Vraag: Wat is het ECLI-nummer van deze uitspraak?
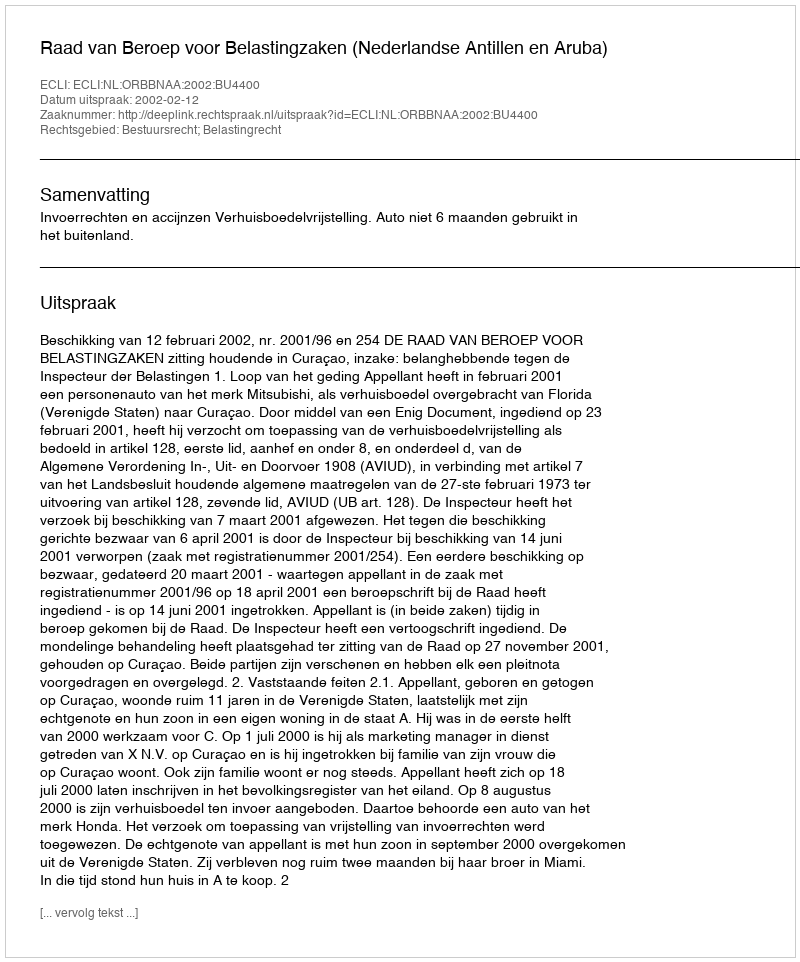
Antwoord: ECLI:NL:ORBBNAA:2002:BU4400